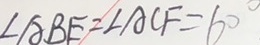
\angle A B E = \angle A C F = 6 0 ^ { \circ }